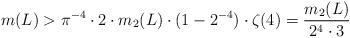
LaTeX: \begin{align*}m(L)>\pi^{-4}\cdot 2\cdot m_2(L)\cdot (1-2^{-4})\cdot \zeta(4)=\frac{m_2(L)}{2^4\cdot 3}\end{align*}